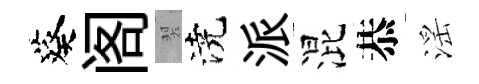
葵阁翠澆派混恭滛